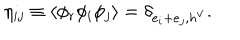
LaTeX: \eta _ { i j } \equiv \langle \phi _ { r } \phi _ { i } \phi _ { j } \rangle = \delta _ { e _ { i } + e _ { j } , h ^ { \vee } } .